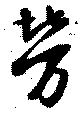
勞